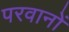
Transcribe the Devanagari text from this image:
परवानों